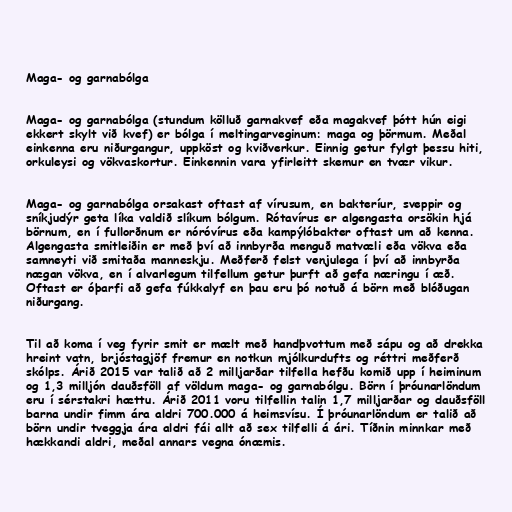
Maga- og garnabólga

Maga- og garnabólga (stundum kölluð garnakvef eða magakvef þótt hún eigi
ekkert skylt við kvef) er bólga í meltingarveginum: maga og þörmum. Meðal
einkenna eru niðurgangur, uppköst og kviðverkur. Einnig getur fylgt þessu hiti,
orkuleysi og vökvaskortur. Einkennin vara yfirleitt skemur en tvær vikur.

Maga- og garnabólga orsakast oftast af vírusum, en bakteríur, sveppir og
sníkjudýr geta líka valdið slíkum bólgum. Rótavírus er algengasta orsökin hjá
börnum, en í fullorðnum er nóróvírus eða kampýlóbakter oftast um að kenna.
Algengasta smitleiðin er með því að innbyrða menguð matvæli eða vökva eða
samneyti við smitaða manneskju. Meðferð felst venjulega í því að innbyrða
nægan vökva, en í alvarlegum tilfellum getur þurft að gefa næringu í æð.
Oftast er óþarfi að gefa fúkkalyf en þau eru þó notuð á börn með blóðugan
niðurgang.

Til að koma í veg fyrir smit er mælt með handþvottum með sápu og að drekka
hreint vatn, brjóstagjöf fremur en notkun mjólkurdufts og réttri meðferð
skólps. Árið 2015 var talið að 2 milljarðar tilfella hefðu komið upp í heiminum
og 1,3 milljón dauðsföll af völdum maga- og garnabólgu. Börn í þróunarlöndum
eru í sérstakri hættu. Árið 2011 voru tilfellin talin 1,7 milljarðar og dauðsföll
barna undir fimm ára aldri 700.000 á heimsvísu. Í þróunarlöndum er talið að
börn undir tveggja ára aldri fái allt að sex tilfelli á ári. Tíðnin minnkar með
hækkandi aldri, meðal annars vegna ónæmis.